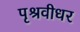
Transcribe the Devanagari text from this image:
पृश्रवीधर